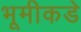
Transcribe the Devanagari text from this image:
भूमीकडे